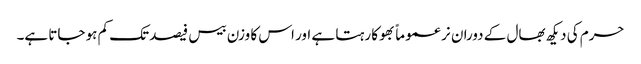
حرم کی دیکھ بھال کے دوران نر عموماً بھوکا رہتا ہے اور اس کا وزن بیس فیصد تک کم ہو جاتا ہے۔